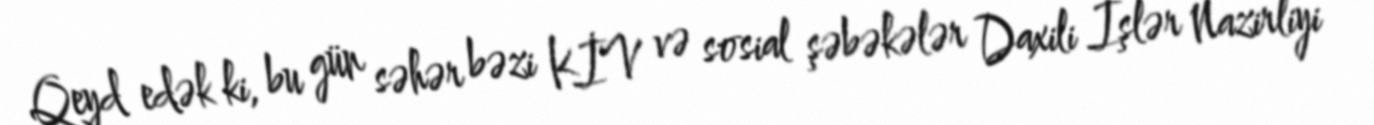
Qeyd edək ki, bu gün səhər bəzi KİV və sosial şəbəkələr Daxili İşlər Nazirliyi